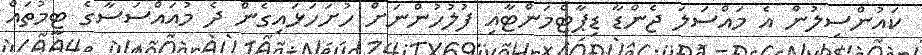
ކައުންސިލުން އެ މައްސަލަ ޖެންޑާ ޑިޕާޓްމަންޓާއި ފުލުހުންނަށް ހުށަހަޅައިގެން ދެ މުއައްސަސާގެ ޓީމުތައް